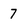
Character: 7